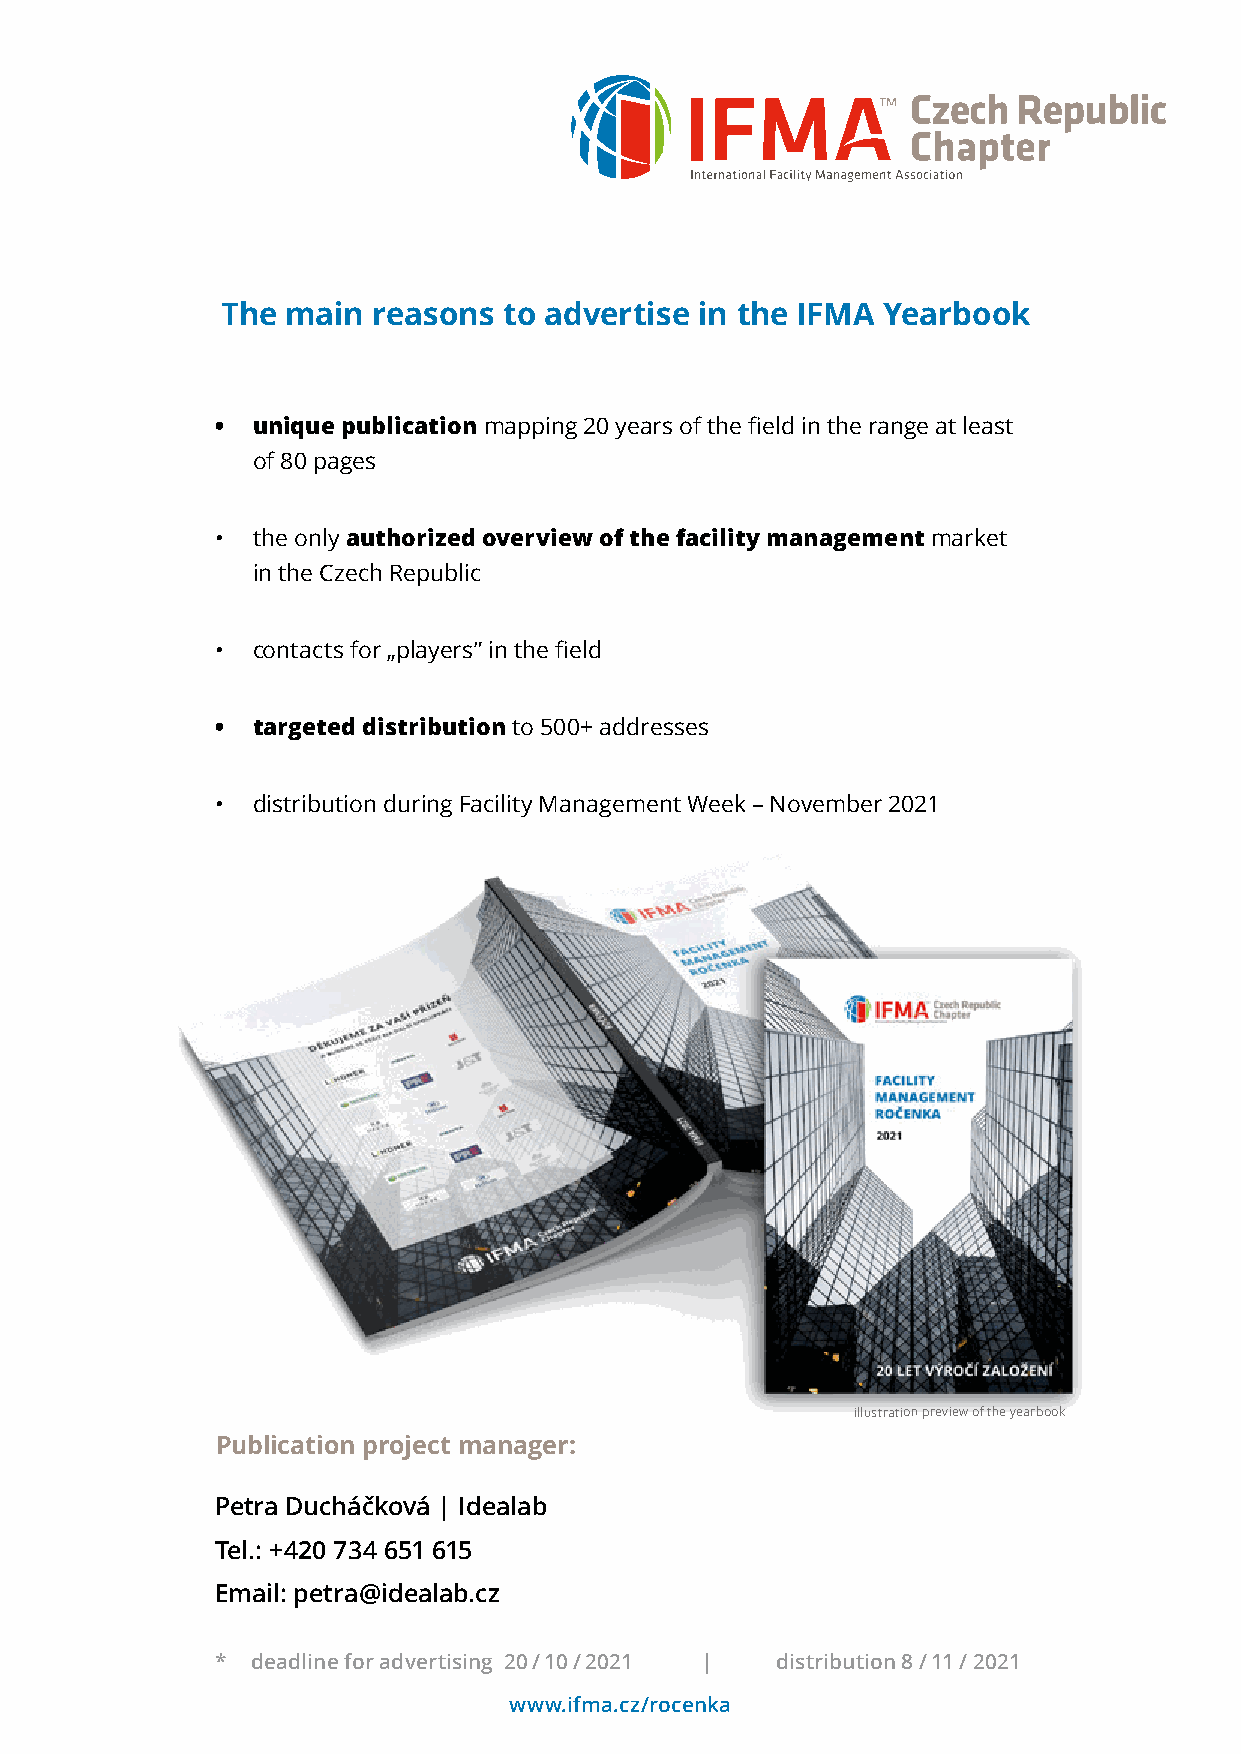
The main  reasons to advertise in the IFMA Yearbook
 •  unique publication mapping 20 years of the field in the range at least
 of 80 pages
 •  the only authorized overview of the facility management market
 in the Czech Republic
 •  contacts for „players” in the field
 •  targeted distribution to 500+ addresses
 •  distribution during Facility Management Week – November 2021
 illustration preview of the yearbook
 Publication project manager:
 Petra Ducháčková | Idealab
 Tel.: +420 734 651 615
 Email: petra@idealab.cz
 *  deadline for advertising 20 / 10 / 2021 | distribution 8 / 11 / 2021
 www.ifma.cz/rocenka